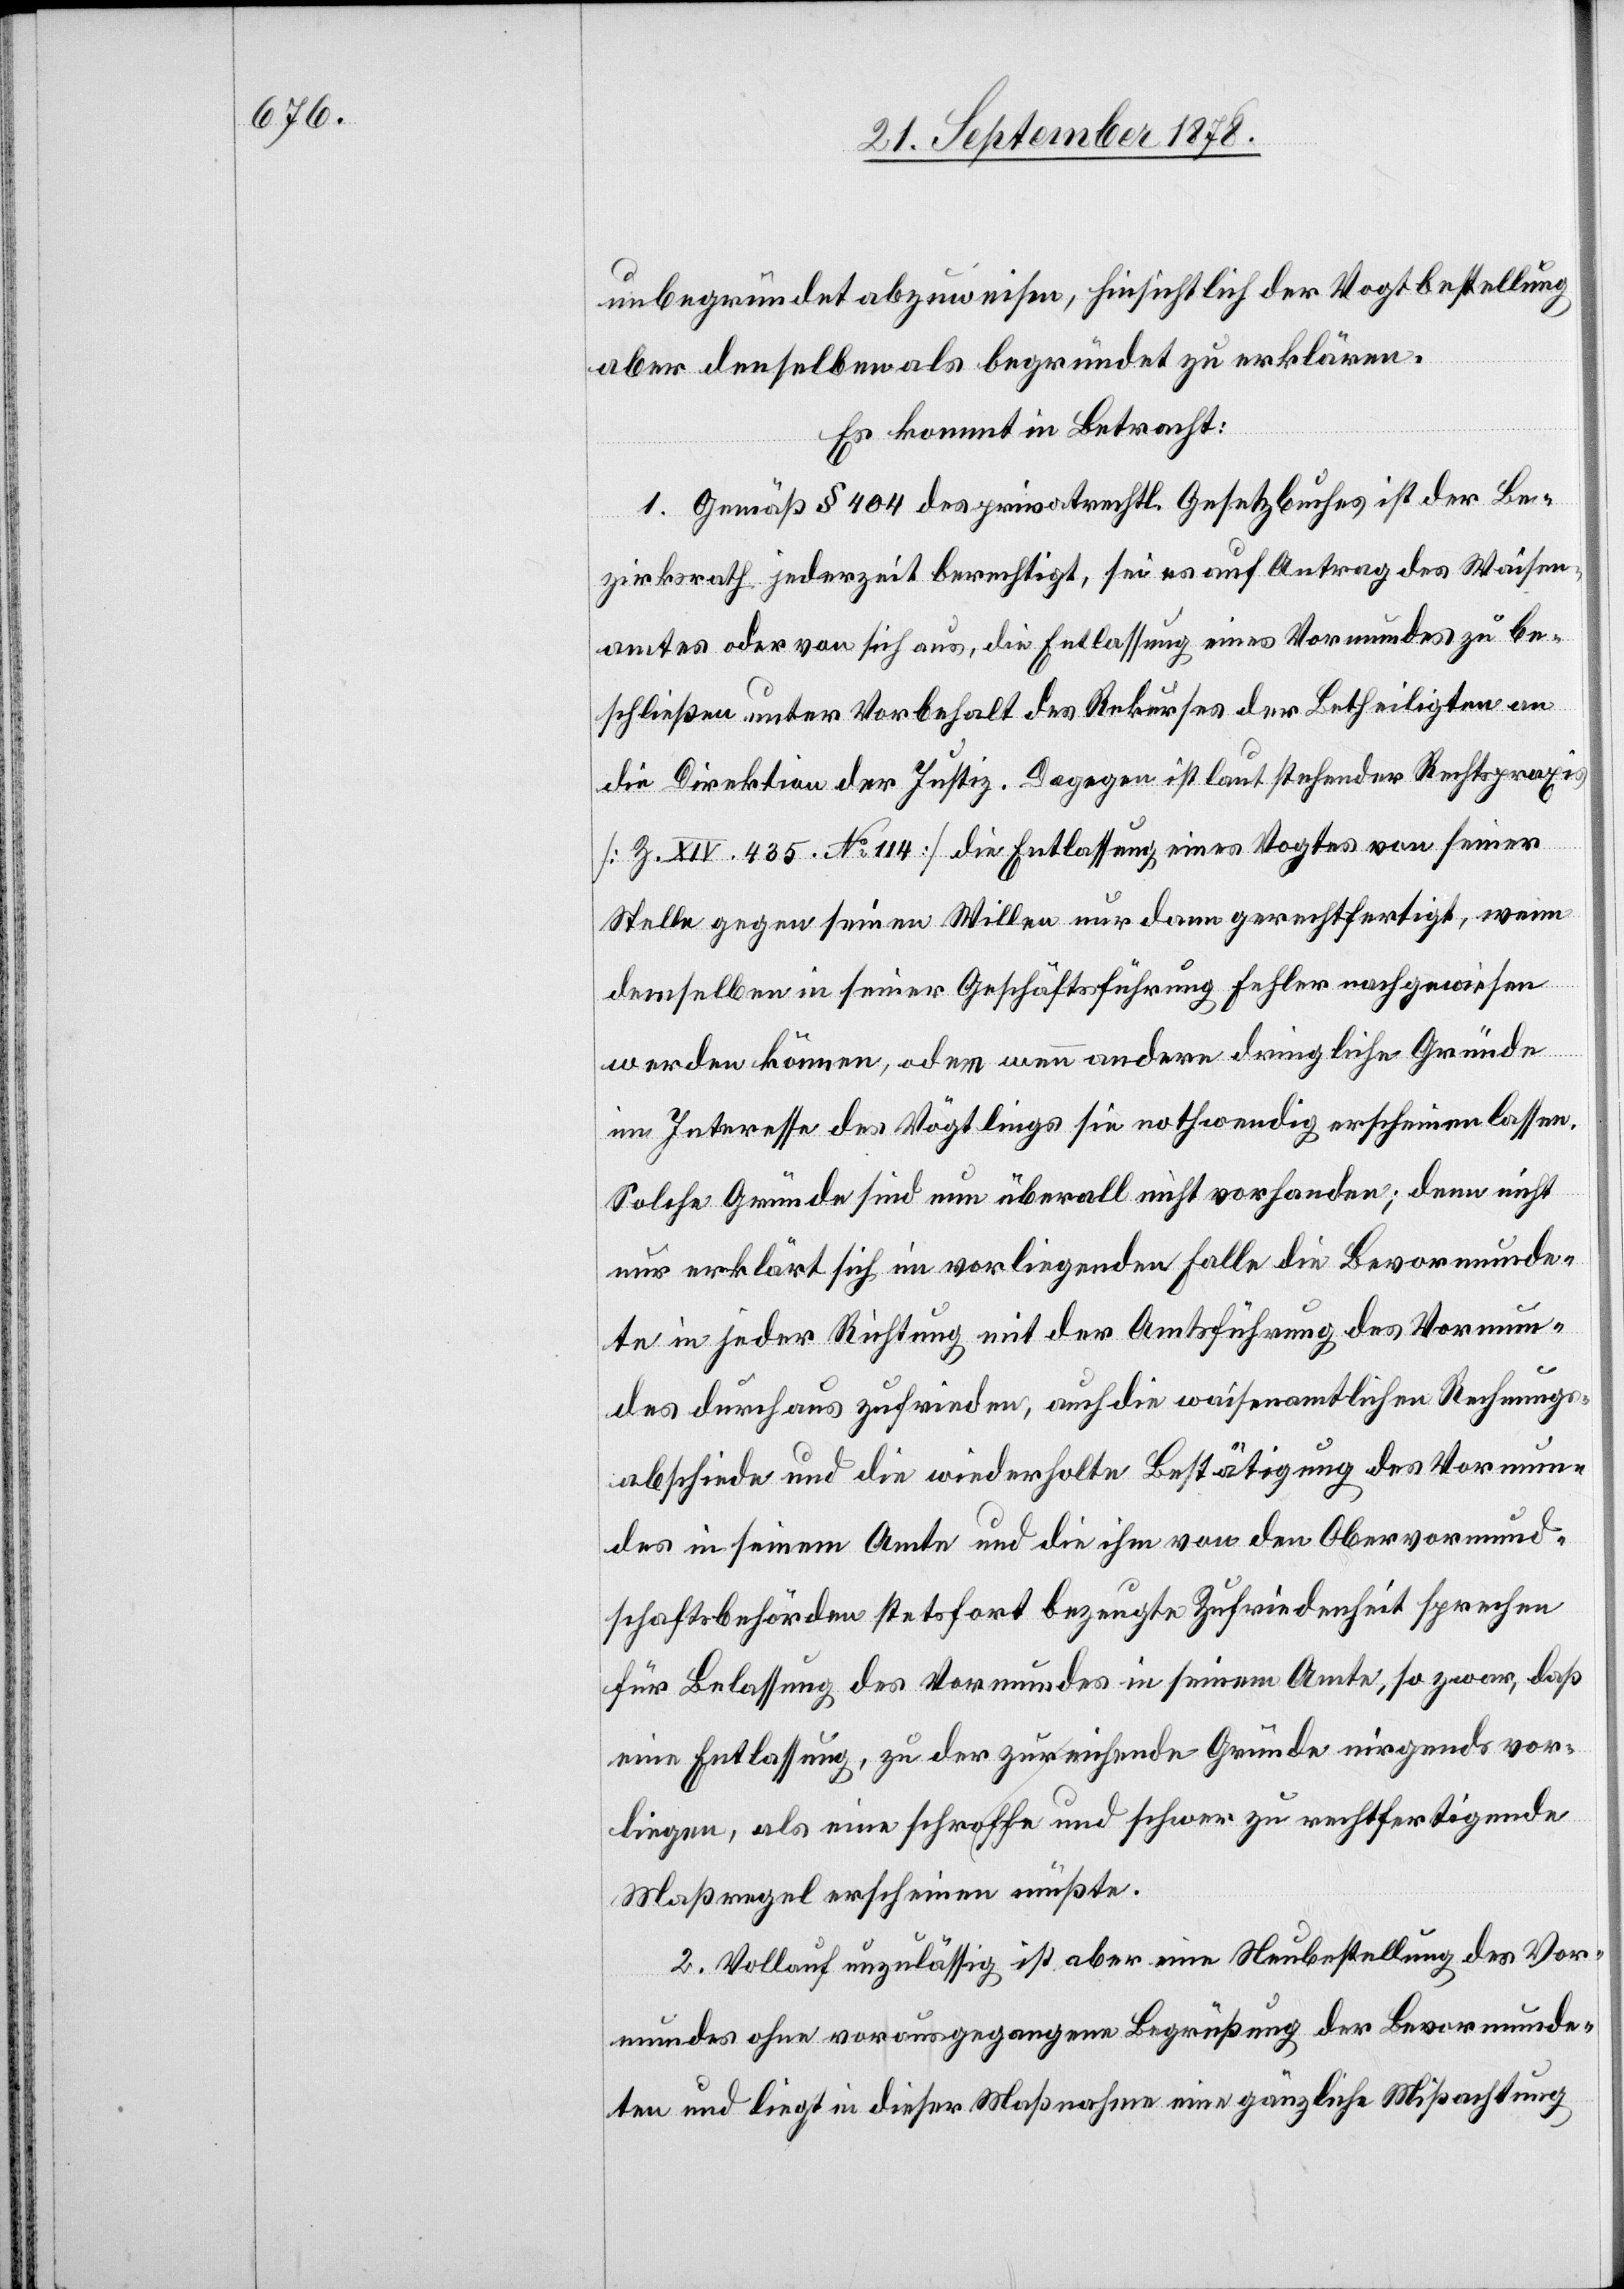
unbegründet abzuweisen, hinsichtlich der Vogtbestellung
aber denselben als begründet zu erklären.
Es kommt in Betracht:
1. Gemäß § 404 des privatrechtl. Gesetzbuches ist der Be¬
zirksrath jederzeit berechtigt, sei es auf Antrag des Waisen¬
amtes oder von sich aus, die Entlassung eines Vormundes zu be¬
schließen unter Vorbehalt des Rekurses der betheiligten an
die Direktion der Justiz. Dagegen ist laut stehender Rechtspraxis
[Z. XIV. 435. No 114] die Entlassung eines Vogtes von seiner
Stelle gegen seinen Willen nur dann gerechtfertigt, wenn
demselben in seiner Geschäftsführung Fehler nachgewiesen
werden können, oder wenn andere dringliche Gründe
im Interesse des Vögtlings sie nothwendig erscheinen lassen.
Solche Gründe sind nun überall nicht vorhanden; denn nicht
nur erklärt sich in vorliegendem Falle die Vevormunde¬
te in jeder Richtung mit der Amtsführung des Vormun¬
des durchaus zufrieden, auch die waisenamtlichen Rechnungs¬
abschiede und die wiederholte Bestätigung des Vormun¬
des in seinem Amte und die ihm von den Obervormund¬
schaftsbehörden stetsfort bezeugte Zufriedenheit sprechen
für Belassung des Vormundes in seinem Amte, so zwar, daß
eine Entlassung, zu der zureichende Gründe nirgends vor¬
liegen, als eine schroffe und schwer zu rechtfertigende
Maßregel erscheinen müßte.
2. Vollauf unzulässig ist aber eine Neubestellung des Vor¬
mundes ohne vorausgegangene Begrüßung der Bevormunde¬
ten und liegt in dieser Maßnahme eine gänzliche Missachtung